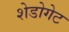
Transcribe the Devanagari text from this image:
शेडोगेट